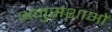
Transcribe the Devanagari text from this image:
अनुसंशाओं